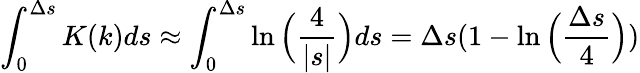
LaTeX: \int_{0}^{\Delta s}K(k)ds\approx\int_{0}^{\Delta s}\ln\Big(\frac{4}{|s|}\Big)ds=\Delta s(1-\ln\Big({\frac{\Delta s}{4}}\Big))